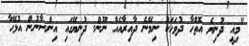
"މިއީ ދުނިޔެ އޮތްހާ ދުވަހަކު ނިމޭނެ ދާއިރާއެއް ނޫން. ދުނިޔޭގައި އިންސާނުން އުޅޭހާ